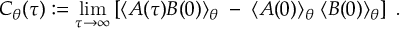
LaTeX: C _ { \theta } ( \tau ) : = \operatorname * { l i m } _ { \tau \rightarrow \infty } \left[ \langle { \cal A } ( \tau ) { \cal B } ( 0 ) \rangle _ { \theta } \; - \; \langle { \cal A } ( 0 ) \rangle _ { \theta } \; \langle { \cal B } ( 0 ) \rangle _ { \theta } \right] \; .